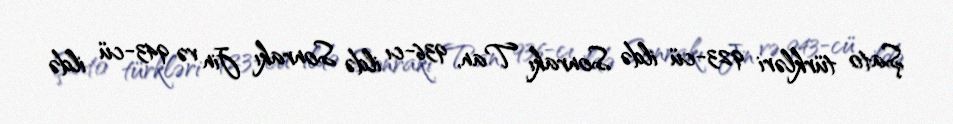
Şato türkləri 923-cü ildə Sonrakı Tan, 936-cı ildə Sonrakı Jin və 943-cü ildə